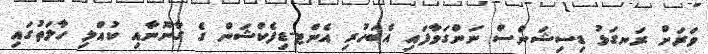
ވަރަށް ރަނގަޅު ޑިސިޝަންސް ނަންގަވާފައި އެބަހުރި އެންޓ-ޑިފެކްޝަން ގެ ގާނޫނާއި ކުއްލި ހާލަތުގައި